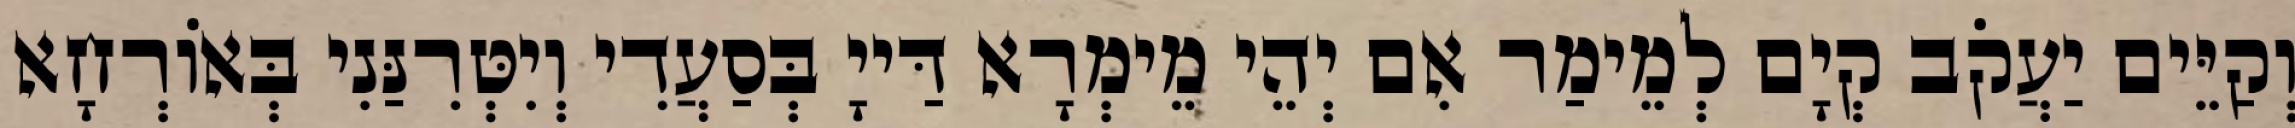
וְקַיֵּים יַעֲקֹב קְיָם לְמֵימַר אִם יְהֵי מֵימְרָא דַּייָ בְּסַעֲדִי וְיִטְּרִנַּנִי בְּאוֹרְחָא